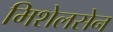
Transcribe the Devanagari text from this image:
मिशेलसेन